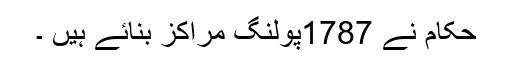
حکام نے 1787پولنگ مراکز بنائے ہیں ۔